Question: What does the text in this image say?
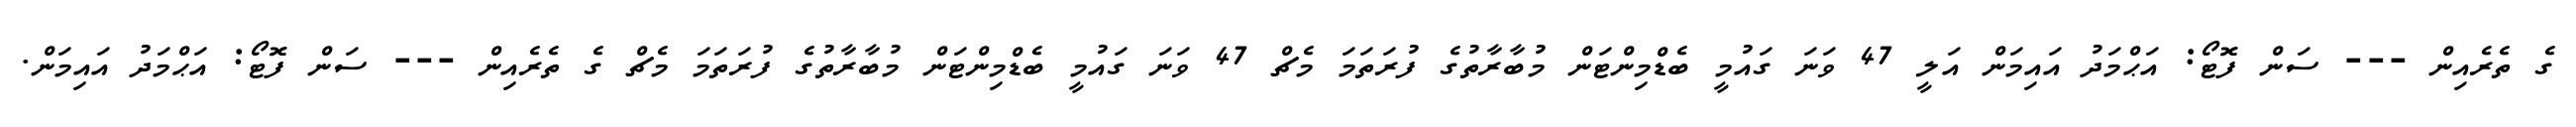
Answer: ގެ ތެރެއިން --- ސަން ފޮޓޯ: އަޙްމަދު އައިމަން އަލީ 47 ވަނަ ގައުމީ ބެޑްމިންޓަން މުބާރާތުގެ ފުރަތަމަ މެޗް 47 ވަނަ ގައުމީ ބެޑްމިންޓަން މުބާރާތުގެ ފުރަތަމަ މެޗް ގެ ތެރެއިން --- ސަން ފޮޓޯ: އަޙްމަދު އައިމަން.